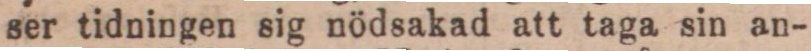
ser tidningen sig nödsakad att taga sin an-